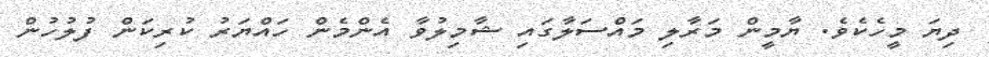
ދިޔަ މީހެކެވެ. ޔާމީން މަރާލި މައްސަލާގައި ޝާމިލުވާ އެންމެން ހައްޔަރު ކުރިކަން ފުލުހުން